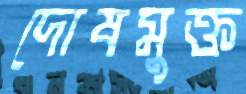
দোষমুক্ত